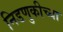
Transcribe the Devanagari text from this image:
निडणुकीच्या